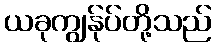
ယခုကျွန်ုပ်တို့သည်